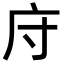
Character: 𫷦